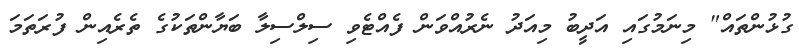
ގުޅުންތައް" މިނަމުގައި އަދީބު މިއަދު ނެރުއްވަން ފެއްޓެވި ސިލްސިލާ ބަޔާންތަކުގެ ތެރެއިން ފުރަތަމަ